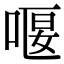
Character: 𠸯